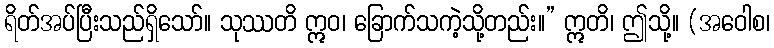
ရိတ်အပ်ပြီးသည်ရှိသော်။ သုဿတိ ဣဝ၊ ခြောက်သကဲ့သို့တည်း။” ဣတိ၊ ဤသို့။ (အဝေါစ၊